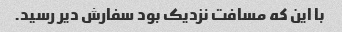
با این که مسافت نزدیک بود سفارش دیر رسید.